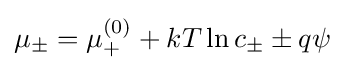
\mu _{\pm }=\mu _{+}^{(0)}+kT\ln c_{\pm }\pm q\psi